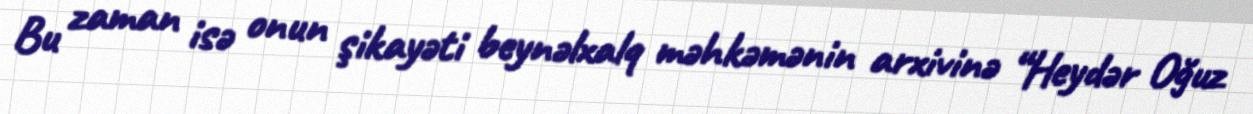
Bu zaman isə onun şikayəti beynəlxalq məhkəmənin arxivinə “Heydər Oğuz